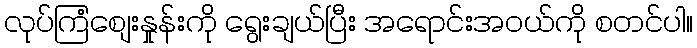
လုပ်ကြံစျေးနှုန်းကို ရွေးချယ်ပြီး အရောင်းအ၀ယ်ကို စတင်ပါ။